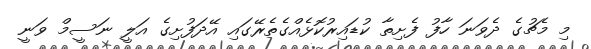
މި މެޗުގެ ދެވަނަ ހާފު ފެށިތާ ކުޑައިރުކޮޅެއްގެތެރޭގައި އޭދަފުށިގެ އަލީ ނަސީމް ވަނީ